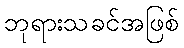
ဘုရားသခင်အဖြစ်